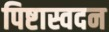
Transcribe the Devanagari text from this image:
पिष्टास्वदन